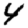
Digit: 4